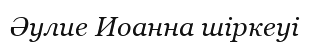
Әулие Иоанна шіркеуі